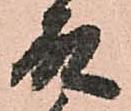
殿